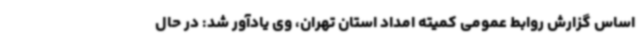
اساس گزارش روابط عمومی کمیته امداد استان تهران، وی یادآور شد: در حال